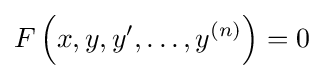
F\left(x,y,y',\ldots ,y^{(n)}\right)=0